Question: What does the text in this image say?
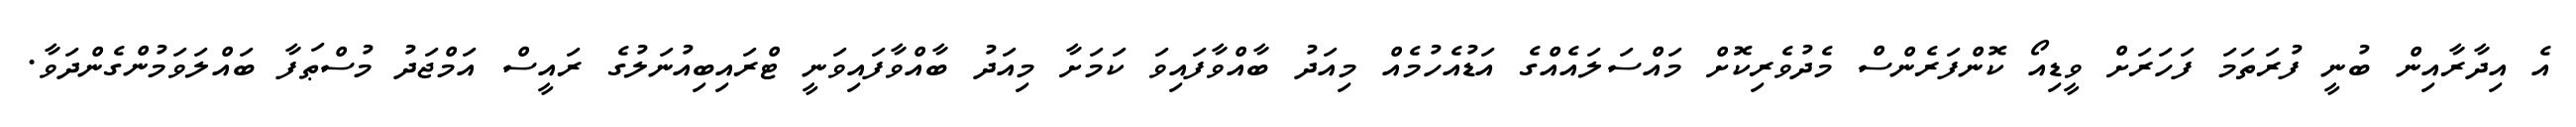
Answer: އެ އިދާރާއިން ބުނީ ފުރަތަމަ ފަހަރަށް ވީޑިއޯ ކޮންފަރެންސް މެދުވެރިކޮށް މައްސަލައެއްގެ އަޑުއެހުމެއް މިއަދު ބާއްވާފައިވަ ކަމަށާ މިއަދު ބާއްވާފައިވަނީ ޓްރައިބިއުނަލުގެ ރައީސް އަމްޖަދު މުސްޠަފާ ބައްލަވަމުންގެންދަވާ.